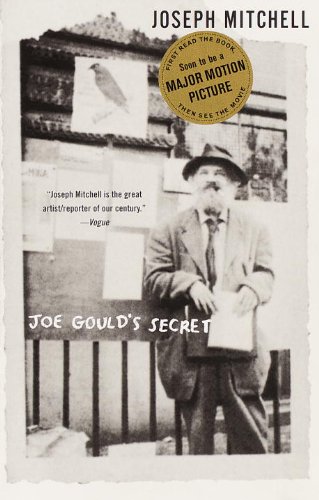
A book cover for Joe Gould's Secret; Joseph Mitchell; Biographies & Memoirs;